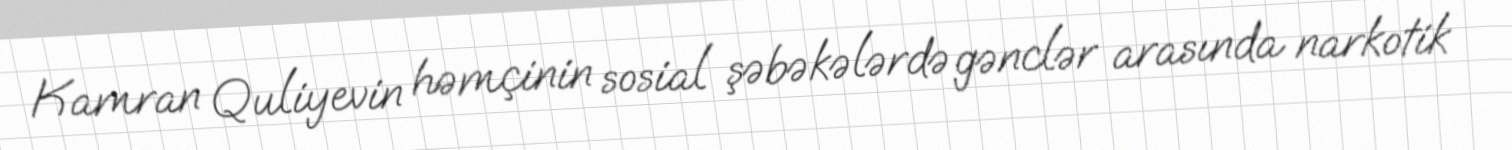
Kamran Quliyevin həmçinin sosial şəbəkələrdə gənclər arasında narkotik